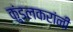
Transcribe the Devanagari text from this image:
कुंडलकरांनी